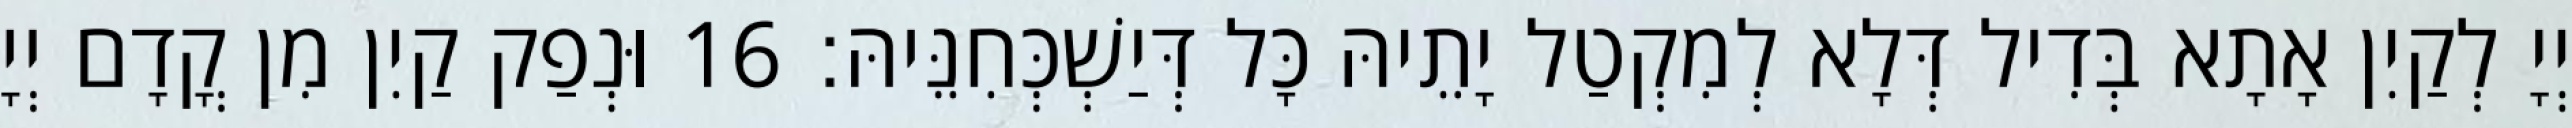
יְיָ לְקַיִן אָתָא בְּדִיל דְּלָא לְמִקְטַל יָתֵיהּ כָּל דְּיַשְׁכְּחִנֵּיהּ׃ 16 וּנְפַק קַיִן מִן קֳדָם יְיָ